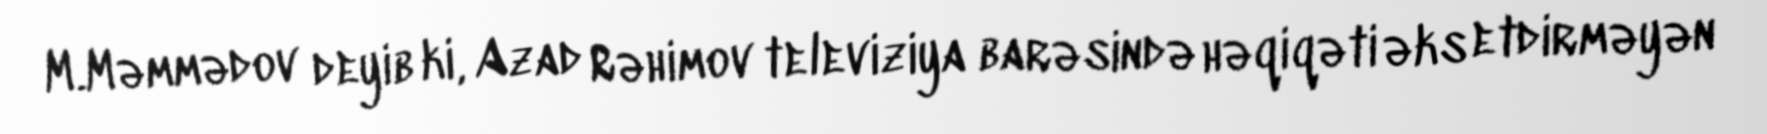
M.Məmmədov deyib ki, Azad Rəhimov televiziya barəsində həqiqəti əks etdirməyən